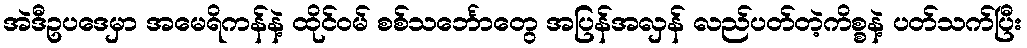
အဲဒီဥပဒေမှာ အမေရိကန်နဲ့ ထိုင်ဝမ် စစ်သင်္ဘောတွေ အပြန်အလှန် လည်ပတ်တဲ့ကိစ္စနဲ့ ပတ်သက်ပြီး